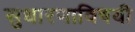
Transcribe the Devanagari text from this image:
सुधारणाविषयी